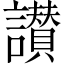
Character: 讃